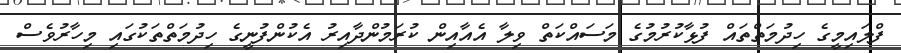
ފްލައިމީގެ ހިދުމަތްތައް ފުޅާކުރުމުގެ މަސައްކަތް ވިލާ އެއާއިން ކުރަމުންދާއިރު އެކުންފުނީގެ ހިދުމަތްތަކުގައި މިހާރުވެސް